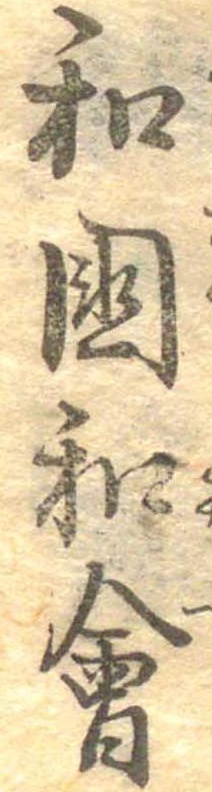
和国和会